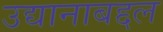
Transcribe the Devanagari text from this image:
उद्यानाबद्दल